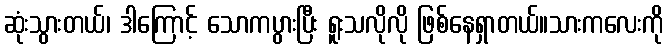
ဆုံးသွားတယ်၊ ဒါကြောင့် သောကပွားပြီး ရူးသလိုလို ဖြစ်နေရှာတယ်။သားကလေးကို